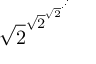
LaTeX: { \sqrt { 2 } } ^ { { \sqrt { 2 } } ^ { { \sqrt { 2 } } ^ { \cdot ^ { \cdot ^ { \cdot } } } } }